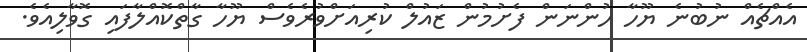
އެއްޗެއް ނުބުނެ ޔޫހާ ހުންނަން ފެށުމުން ޒައުލް ކުރިއަށްވުރެވެސް ޔޫހާ ގާތްކޮއްލާފައި ގޮވާލިއެވެ.